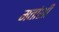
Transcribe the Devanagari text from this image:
मतांशी